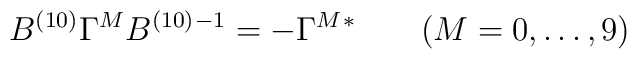
B^{(10)}\Gamma^M B^{(10)}{}^{-1}=-\Gamma^M{}^* \qquad (M=0,\ldots, 9)